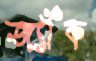
জ্যাঁক